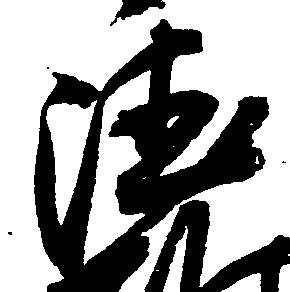
徳